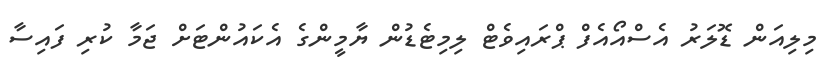
މިލިއަން ޑޮލަރު އެސްއޯއެފް ޕްރައިވެޓް ލިމިޓެޑުން ޔާމީންގެ އެކައުންޓަށް ޖަމާ ކުރި ފައިސާ